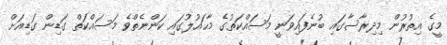
މީގެ އިތުރުން މިދިރާސާގައި ބުނެފައިވަނީ މަސައްކަތުގެ މާޙައުލުގައި ކަންނެތްވެ މަސައްކަތް ގަޑިން ގަޑިއަށް